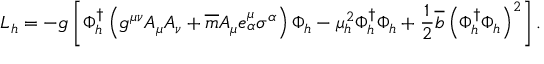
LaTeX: { \cal L } _ { h } = - g \left[ \Phi _ { h } ^ { \dagger } \left( g ^ { \mu \nu } A _ { \mu } A _ { \nu } + \overline { { { m } } } A _ { \mu } e _ { \alpha } ^ { \mu } \sigma ^ { \alpha } \right) \Phi _ { h } - \mu _ { h } ^ { 2 } \Phi _ { h } ^ { \dagger } \Phi _ { h } + \frac { 1 } { 2 } \overline { { { b } } } \left( \Phi _ { h } ^ { \dagger } \Phi _ { h } \right) ^ { 2 } \right] .